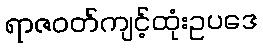
ရာဇဝတ်ကျင့်ထုံးဥပဒေ